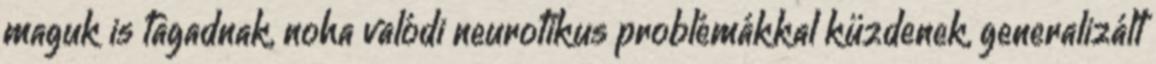
maguk is tagadnak, noha valódi neurotikus problémákkal küzdenek, generalizált